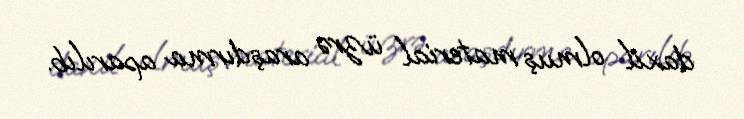
daxil olmuş material üzrə araşdırma aparılıb.